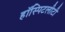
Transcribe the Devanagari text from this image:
हॉस्पिटलीटी